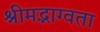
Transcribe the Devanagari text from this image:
श्रीमद्भाग्वता